342_HS1-416511228_319.1 Flying Discs 1949
Agency: Department of War
Incident date: 1/9/50
Page 2
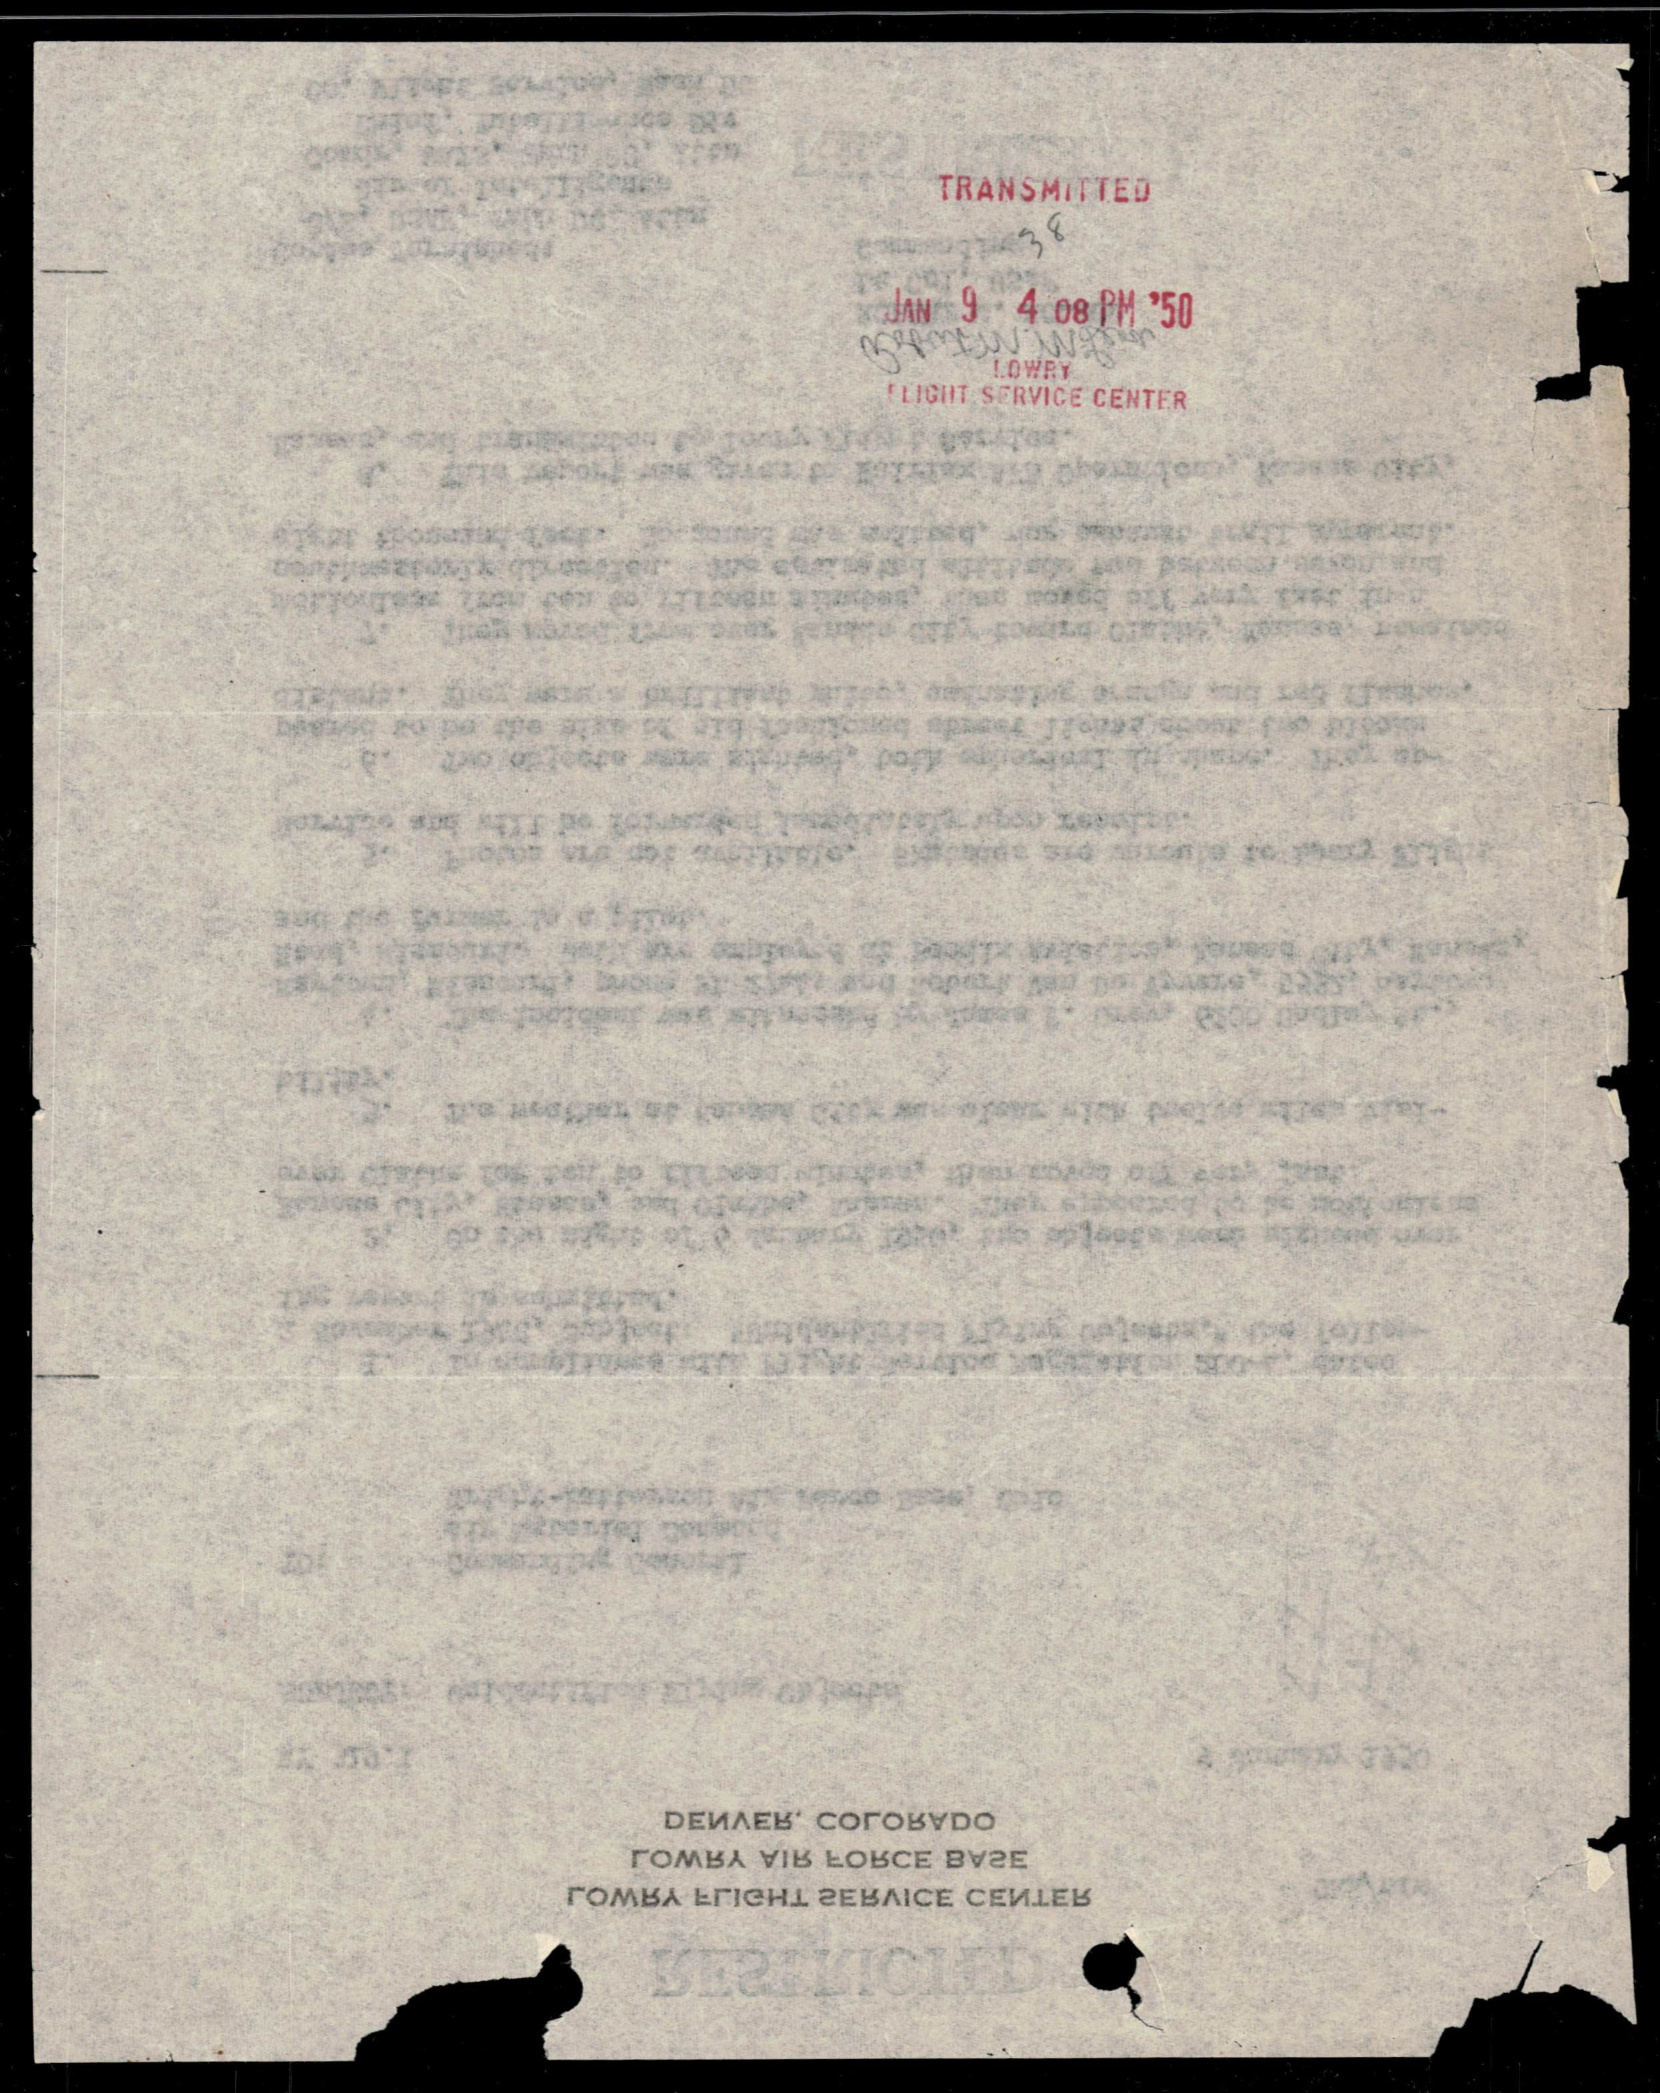